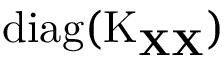
\operatorname { d i a g } ( \operatorname { K } _ { \mathbf { X } \mathbf { X } } )